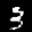
Label: 3